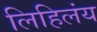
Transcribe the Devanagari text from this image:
लिहिलंय